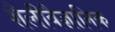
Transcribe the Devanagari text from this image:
शैलीवैज्ञानिक